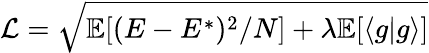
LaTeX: \mathcal{L}=\sqrt{\mathbb{E}[(E-E^{*})^{2}/N]+\lambda\mathbb{E}[\langle g|g\rangle]}